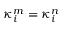
\kappa _ { i } ^ { m } = \kappa _ { i } ^ { n }